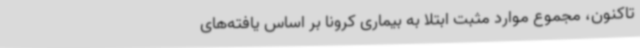
تاکنون، مجموع موارد مثبت ابتلا به بیماری کرونا بر اساس یافته‌های